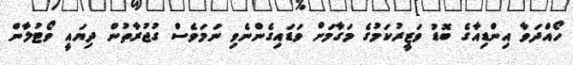
ހޯއްދަވާ އިންޑިއާގެ ބޮޑު ވަޒީރުކަމުގެ މަގާމަށް ވަޑައިގެންނެވި ނަަމަވެސް ގުޖުރާތުން ދިޔައީ ވޯޓުލާން